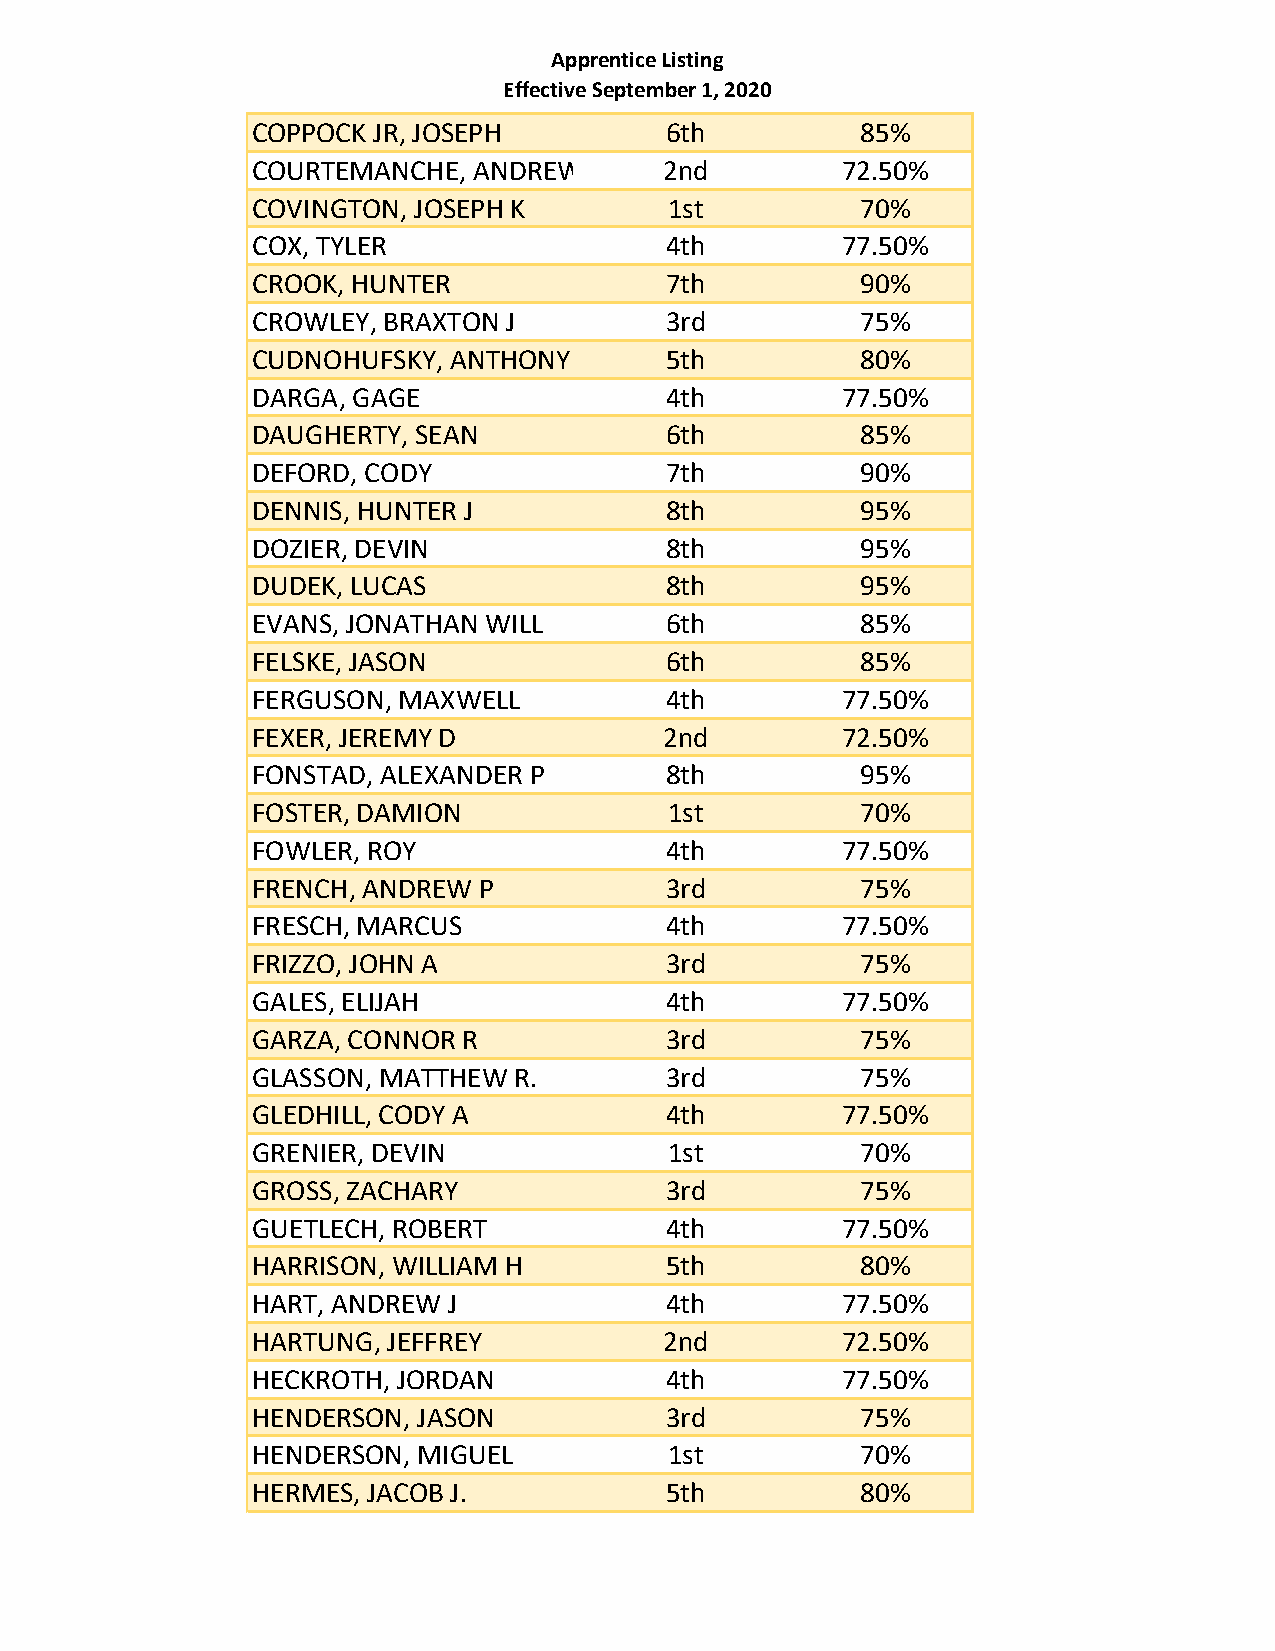
Apprentice Listing
 Effective September 1, 2020
 COPPOCK JR, JOSEPH         6th          85%
 COURTEMANCHE, ANDREW  W    2nd         72.50%
 COVINGTON, JOSEPH K        1st          70%
 COX, TYLER                 4th         77.50%
 CROOK, HUNTER              7th          90%
 CROWLEY, BRAXTON J         3rd          75%
 CUDNOHUFSKY, ANTHONY D     5th          80%
 DARGA, GAGE                4th         77.50%
 DAUGHERTY, SEAN            6th          85%
 DEFORD, CODY               7th          90%
 DENNIS, HUNTER J           8th          95%
 DOZIER, DEVIN              8th          95%
 DUDEK, LUCAS               8th          95%
 EVANS, JONATHAN WILL       6th          85%
 FELSKE, JASON              6th          85%
 FERGUSON, MAXWELL          4th         77.50%
 FEXER, JEREMY D            2nd         72.50%
 FONSTAD, ALEXANDER P       8th          95%
 FOSTER, DAMION             1st          70%
 FOWLER, ROY                4th         77.50%
 FRENCH, ANDREW P           3rd          75%
 FRESCH, MARCUS             4th         77.50%
 FRIZZO, JOHN A             3rd          75%
 GALES, ELIJAH              4th         77.50%
 GARZA, CONNOR R            3rd          75%
 GLASSON, MATTHEW R.        3rd          75%
 GLEDHILL, CODY A           4th         77.50%
 GRENIER, DEVIN             1st          70%
 GROSS, ZACHARY             3rd          75%
 GUETLECH, ROBERT           4th         77.50%
 HARRISON, WILLIAM H        5th          80%
 HART, ANDREW J             4th         77.50%
 HARTUNG, JEFFREY           2nd         72.50%
 HECKROTH, JORDAN           4th         77.50%
 HENDERSON, JASON           3rd          75%
 HENDERSON, MIGUEL          1st          70%
 HERMES, JACOB J.           5th          80%